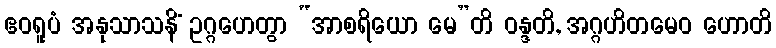
ဧဝရူပံ အနုသာသနိံ ဥဂ္ဂဟေတွာ “အာစရိယော မေ”တိ ဝန္ဒတိ, အဂ္ဂဟိတမေဝ ဟောတိ